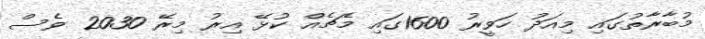
މުބާރާތުގައި މިއަދު ހަވީރު 1600ގައި މެޗެއް ކުޅޭ އިރު މިރޭ 2030 ވެސް